Report of the Municipal Commissioner on the plague in Bombay for the year ending 31st May... - Volume 2
Disease focus: Plague
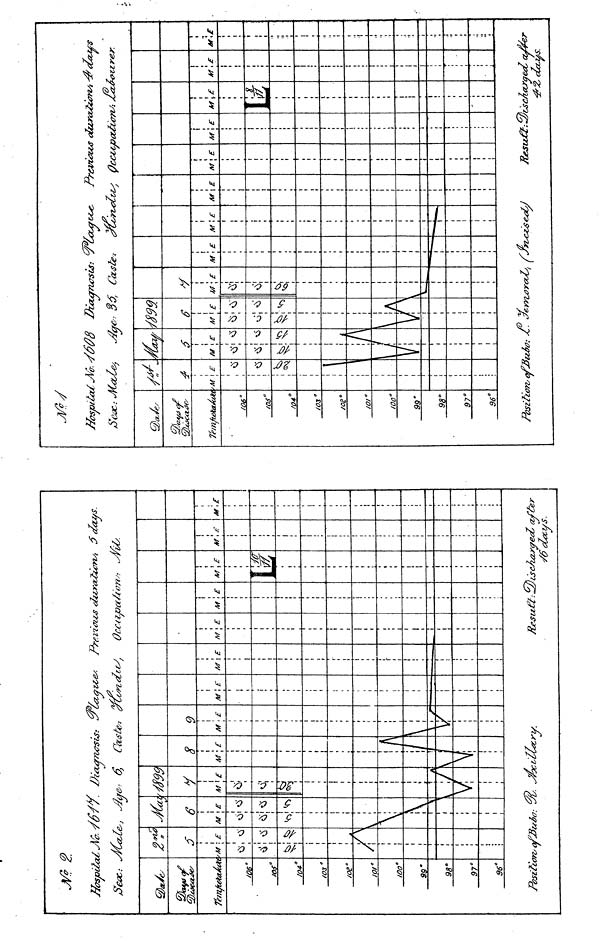
Jíospiía
TanftetaÁi*
/06°/
os"
/04."
/OS°/
OB"
10/°/
oo"
99'
98°9
7'
96"
Àùclt
/C n
'M
/
i £
1 O
i |
%
A
A
Position^ cfjBi
M
o
Vi
L
\
i
i
i
*I>O
Ha
6
i \
\
y
• 4
Di<ourn
•JS9í>
t
i
... (
t
1
M\ £
1
h
I vi
1
V
i
i
t
1
A
/
f ••
1. J?c
Ccu
8
M \E
\
\\
S:
• ú
M
\
V
¿¿¿¿tris.
9
'< £
/
ftvna
M
i
i
i
i
i
t
\E
i
i
i
i
7 tts',
Occupation*
M
!
\E
1
h
\ E M
._—*
í
E~4 M
I
ÙC
M
& 4
ka,?
Ô(¿CCZfS.
to.
M
i
-pec
! £
Z <z
M
i
£
i
fèer
/foptlalM. JâûÔ
/5 r eúC: JKosíes,
^9
/os"
/os"
/04°/
oz"
/O2°/
o/°/
00 a
99'
98°9
7°9
6'
//.
'M
•
Positionne
£
i
M
Ci
V
. . . . , . . ,
T ¿6O
« E
i
t
J€s:
Via
Be
ß99
â
M
vi
\
£Â
l\
: y¿. Jeyyi
1 Ca<.
M
(S
\
\E
S: l
•&-.
M
f*
'< £
'ri*.
M
¿$<
\E
OÍZ/t
M
¡
Previews ciuraJiuriSt ^cùcwŝ
Çc&upœCicnS: Áa^^trer.
\E
M
À
£
lest
M E
a
M
I
r Jsc/
,£
M
1
, 1
do
£
tys.
•
M
\
£
p»